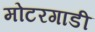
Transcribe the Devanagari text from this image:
मोटरगाडी